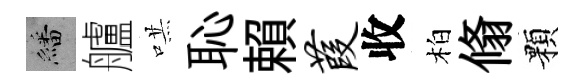
繙艫哄恥賴葭收柏翛顆